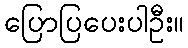
ပြောပြပေးပါဦး။